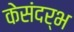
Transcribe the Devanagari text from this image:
केसंदर्भ